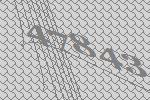
47843